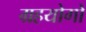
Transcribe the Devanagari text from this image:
ग्रहयोगों